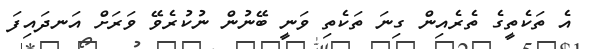
އެ ތަކެތީގެ ތެރެއިން ގިނަ ތަކެތި ވަނީ ބޭނުން ނުކުރެވޭ ވަރަށް އަނދައިފަ